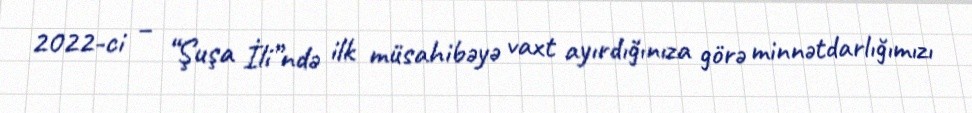
2022-ci – “Şuşa İli”ndə ilk müsahibəyə vaxt ayırdığınıza görə minnətdarlığımızı